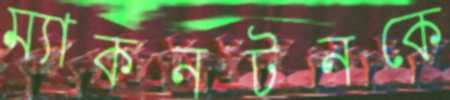
ম্যাকনটনকে